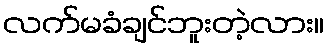
လက်မခံချင်ဘူးတဲ့လား။